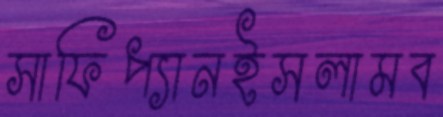
সাফিপ্যানইসলামব